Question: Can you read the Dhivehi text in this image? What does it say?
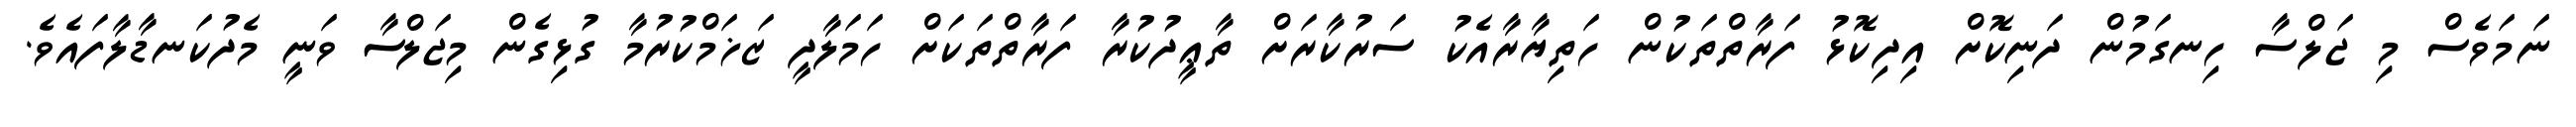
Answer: ނަމަވެސް މި ޖަލްސާ ހިނގަމުން ދަނިކޮށް އިދިކޮޅު ފަރާތްތަކުން ހަތިޔާރާއެކު ސަރުކާރަށް ތާޢީދުކުރާ ފަރާތްތަކަށް ހަމަލާދީ ޒަޚަމްކުރުމާ ގުޅިގެން މިޖަލްސާ ވަނީ މެދުކަނޑާލާފައެވެ.